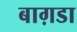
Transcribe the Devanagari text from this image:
बाग़डा